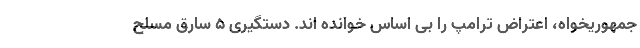
جمهوریخواه، اعتراض ترامپ را بی اساس خوانده اند. دستگیری 5 سارق مسلح